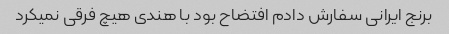
برنج ایرانی سفارش دادم افتضاح بود با هندی هیچ فرقی نمیکرد